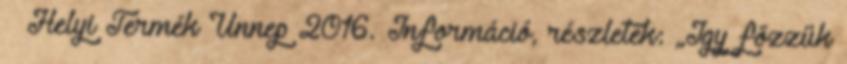
– Helyi Termék Ünnep 2016. Információ, részletek: „Így főzzük